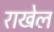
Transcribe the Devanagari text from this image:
राखेल